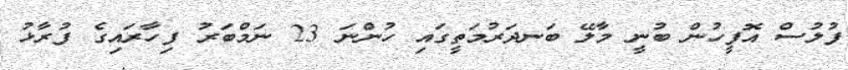
ފުލުސް އޮފީހުން ބުނީ މާލޭ ބަނދަރުމަތީގައި ހުންނަ 23 ނަމްބަރު ފިހާރައިގެ ފުރާޅު